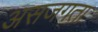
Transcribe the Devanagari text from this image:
असजगता